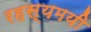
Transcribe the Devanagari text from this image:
रहस्‍यमयी